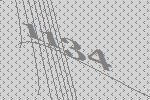
1134